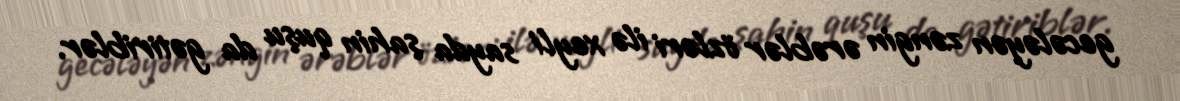
gecələyən zəngin ərəblər özləri ilə xeyli sayda şahin quşu da gətiriblər.